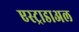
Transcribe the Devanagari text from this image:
एस्ट्राडाअल